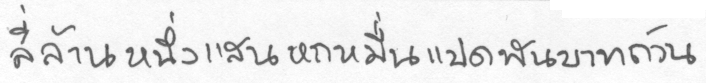
สี่ล้านหนึ่งแสนหกหมื่นแปดพันบาทถ้วน